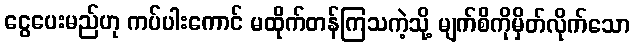
ငွေပေးမည်ဟု ကပ်ပါးကောင် မထိုက်တန်ကြသကဲ့သို့ မျက်စိကိုမှိတ်လိုက်သော